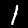
Digit: 1